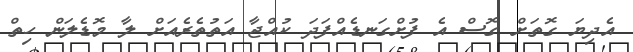
އެދިޔަ ގޮތަށް ގޮސް އެ ފުށްގަނޑެއްފަދަ ކުއްޖާ އަތުތެރެއަށް ލާ މޮޑެލަން ހިތް